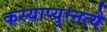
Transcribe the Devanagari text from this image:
कस्याप्युन्नत्यै